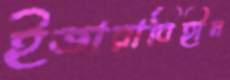
ইজারাবিহীন